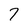
Character: 7